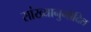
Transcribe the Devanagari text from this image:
सांख्यानुमोदित